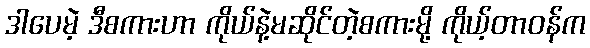
ဒါပေမဲ့ ဒီစကားဟာ ကိုယ်နဲ့မဆိုင်တဲ့စကားမို့ ကိုယ့်တာဝန်က